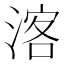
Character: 𱧠